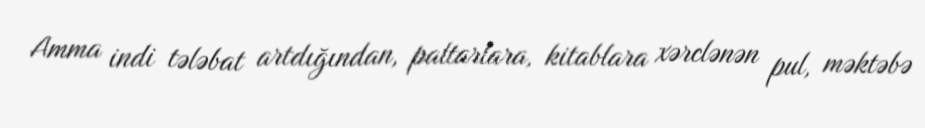
Amma indi tələbat artdığından, paltarlara, kitablara xərclənən pul, məktəbə